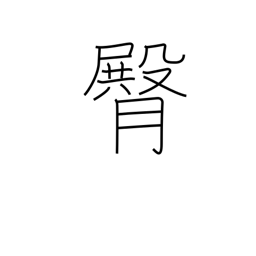
Meaning: buttocks